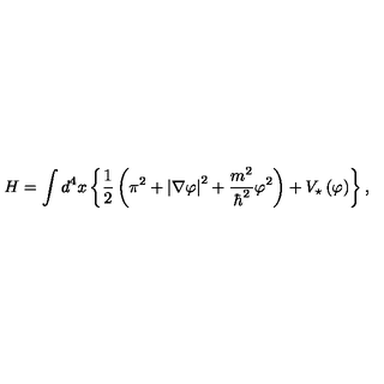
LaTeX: H = \int d ^ { 4 } x \left\{ \frac { 1 } { 2 } \left( \pi ^ { 2 } + \left| \nabla \varphi \right| ^ { 2 } + \frac { m ^ { 2 } } { \hbar ^ { 2 } } \varphi ^ { 2 } \right) + V _ { \star } \left( \varphi \right) \right\} ,